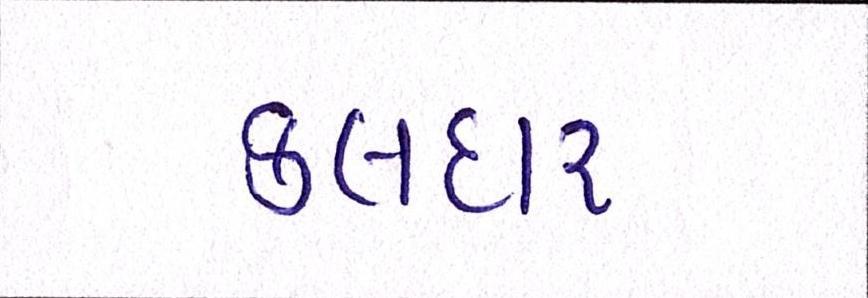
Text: કલદાર